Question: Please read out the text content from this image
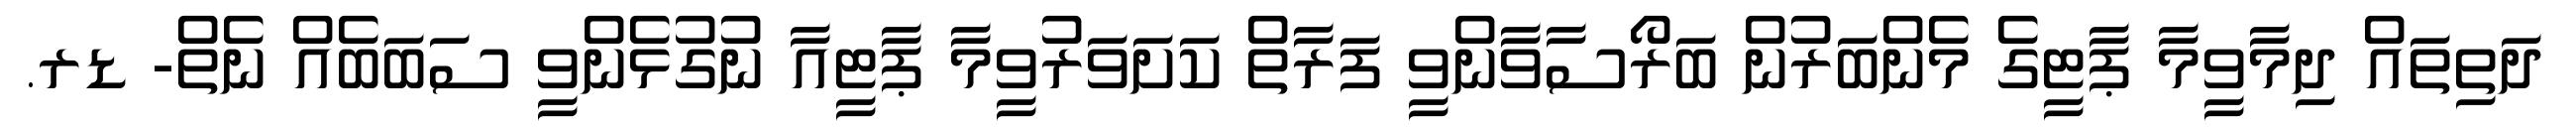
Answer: ދަތިތައް ދިމާވީމާ ޕާޓީގެ މެންބަރުން ބަރޯސާވާންވީ ފަރާތް ކަށަވަރުވީމާ ޕާޓީއާ ނުގުޅެންވީ ސަބަބެއް ނެތް- ޑރ.